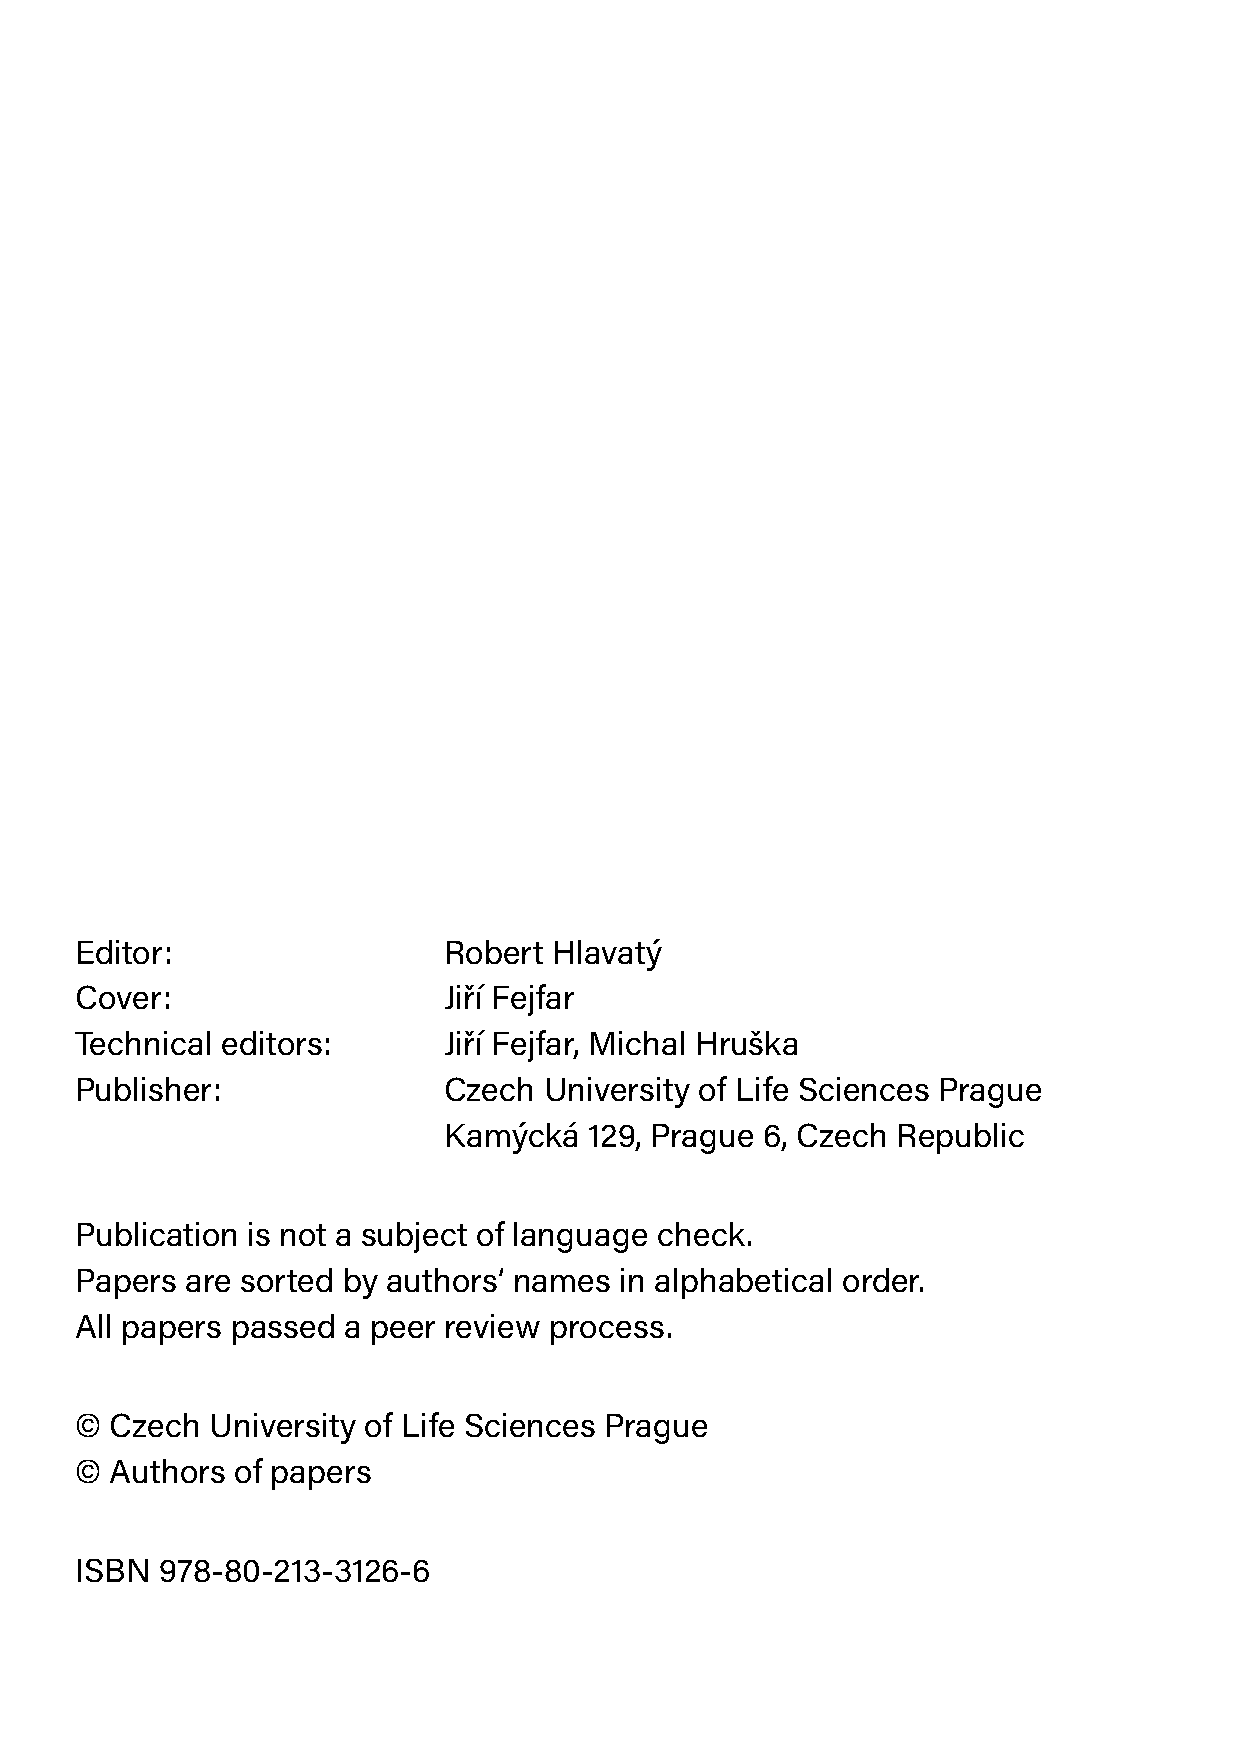
Editor:                 Robert  Hlavatý
 Cover:                  Jiří Fejfar
 Technical editors:      Jiří Fejfar, Michal Hruška
 Publisher:              Czech  University of Life Sciences Prague
 Kamýcká   129, Prague 6, Czech Republic
 Publication is not a subject of language check.
 Papers are sorted by authors‘ names in alphabetical order.
 All papers passed a peer review process.
 © Czech  University of Life Sciences Prague
 © Authors of papers
 ISBN  978-80-213-3126-6